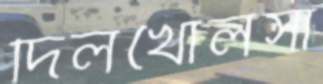
দিলখোলসা